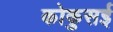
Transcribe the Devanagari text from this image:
कोकुसई